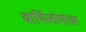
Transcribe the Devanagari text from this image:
बार्थिलोमोव्ह